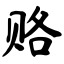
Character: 赂